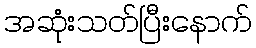
အဆုံးသတ်ပြီးနောက်